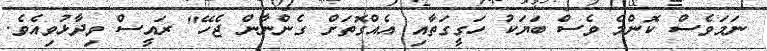
ނަމަވެސް ކޮންމެ ވެސް ބަޔަކު ހަގީގަތާއި އެއްގޮތަށް ގެންނާން ޖެހޭ" ރައީސް ވިދާޅުވިއެވެ.